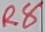
Text: R8